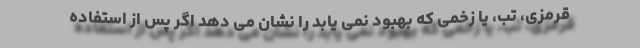
قرمزی، تب، یا زخمی که بهبود نمی یابد را نشان می دهد اگر پس از استفاده